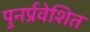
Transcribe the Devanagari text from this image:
पुनर्प्रवेशित